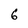
Character: 6